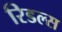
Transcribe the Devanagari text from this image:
रिडल्स